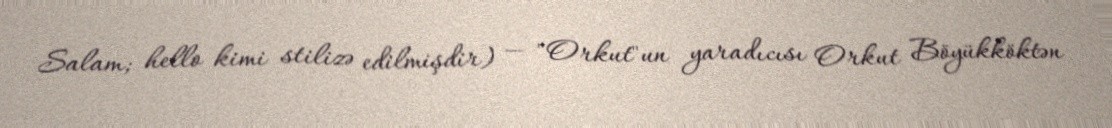
Salam; hello kimi stilizə edilmişdir) — "Orkut"un yaradıcısı Orkut Böyükköktən